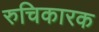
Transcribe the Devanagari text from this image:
रुचिकारक